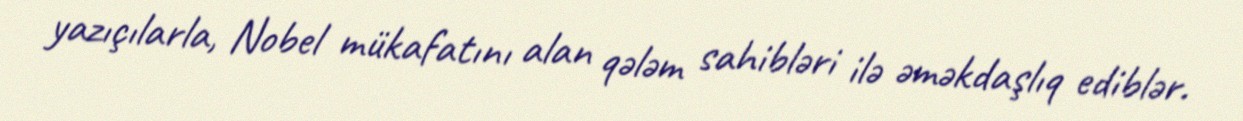
yazıçılarla, Nobel mükafatını alan qələm sahibləri ilə əməkdaşlıq ediblər.